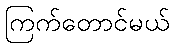
ကြက်တောင်မယ်